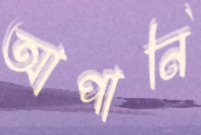
আপানি